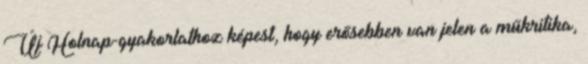
Új Holnap-gyakorlathoz képest, hogy erősebben van jelen a műkritika,